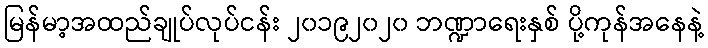
မြန်မာ့အထည်ချုပ်လုပ်ငန်း ၂၀၁၉၂၀၂၀ ဘဏ္ဍာရေးနှစ် ပို့ကုန်အနေနဲ့